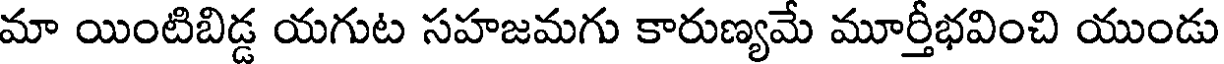
మా యింటిబిడ్డ యగుట సహజమగు కారుణ్యమే మూర్తీభవించి యుండు